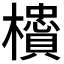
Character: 𬅇